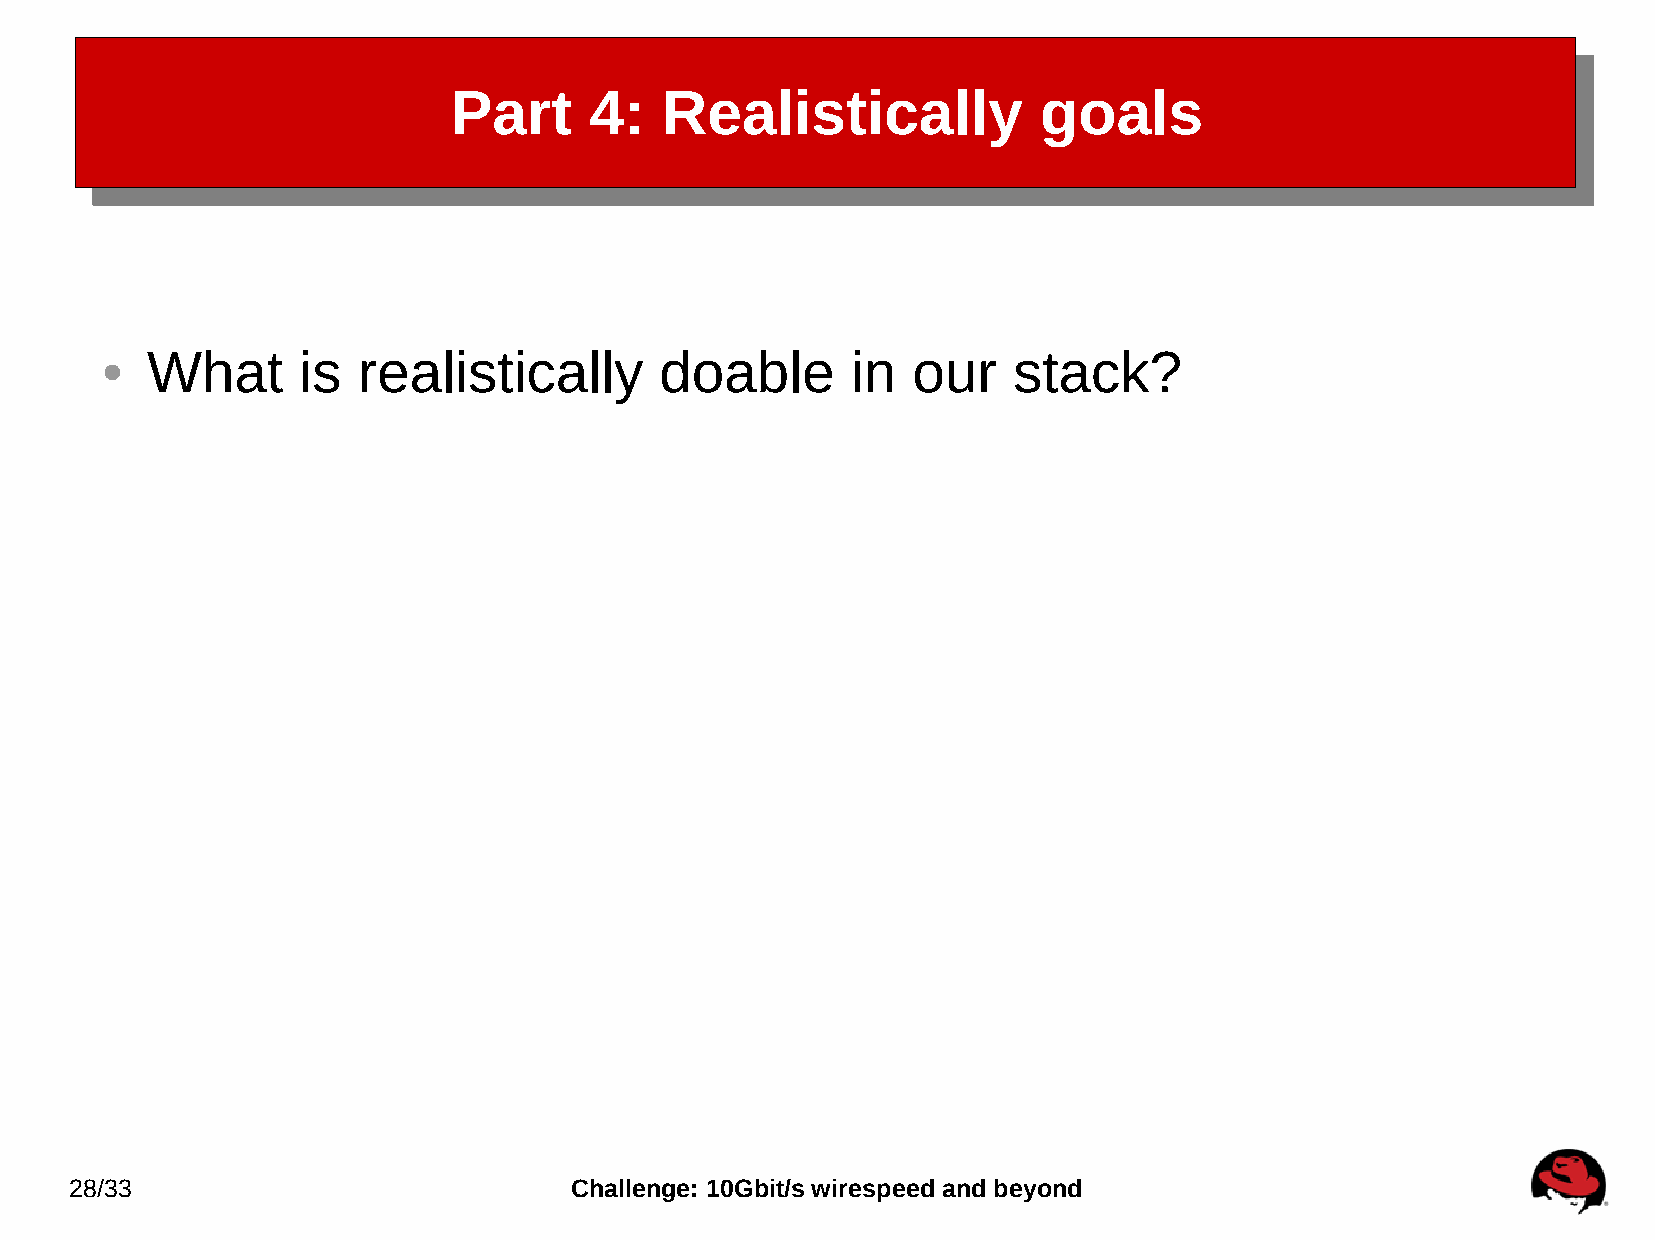
Part     4:   Realistically            goals
 What      is  realistically       doable      in  our    stack?
 ●
 28/33                            Challenge: 10Gbit/s wirespeed and beyond